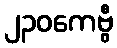
၂၃၀ကေဗွီ